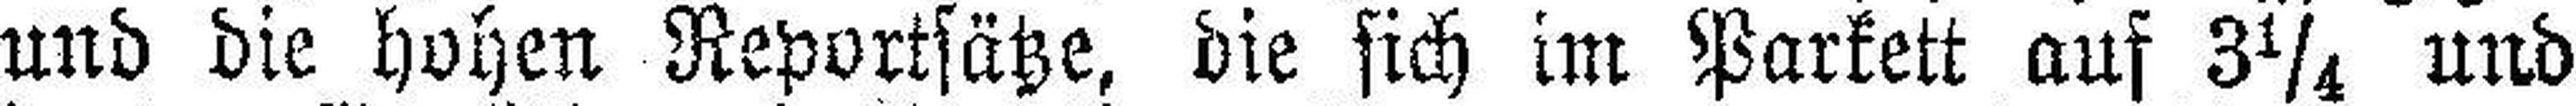
und die hohen Reportsätze, die sich im Parkett auf 3¼ und